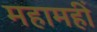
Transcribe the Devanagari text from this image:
महामहीं